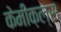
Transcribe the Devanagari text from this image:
केमीक़ल्स